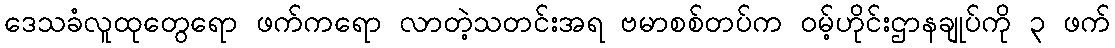
ဒေသခံလူထုတွေရော ဖက်ကရော လာတဲ့သတင်းအရ ဗမာစစ်တပ်က ဝမ့်ဟိုင်းဌာနချုပ်ကို ၃ ဖက်